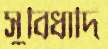
সুবিধাদি